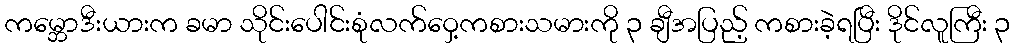
ကမ္ဘောဒီးယားက ခမာ သိုင်းပေါင်းစုံလက်ဝှေ့ကစားသမားကို ၃ ချီအပြည့် ကစားခဲ့ရပြီး ဒိုင်လူကြီး ၃